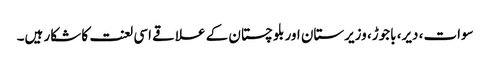
سوات، دیر، باجوڑ، وزیرستان اور بلوچستان کے علاقے اسی لعنت کا شکار ہیں۔